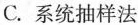
C.系统抽样法